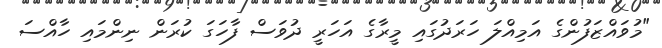
"މުވައްޒަފުންގެ އަމިއްލަ ހަރަދުގައި މީރާގެ އަހަރީ ދުވަސް ފާހަގަ ކުރަން ނިންމައި ހާއްސަ